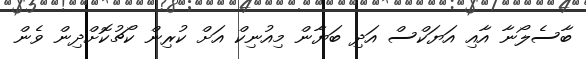
ބާސެލޯނާ އާއި އަޔަކްސް އަދި ބަޔާން މިއުނިކް އަށް ކުރިން ކޯޗުކޮށްދިން ވެން